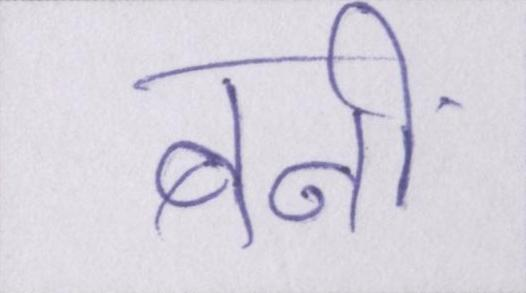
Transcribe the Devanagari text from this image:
बनीं